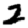
Digit: 2